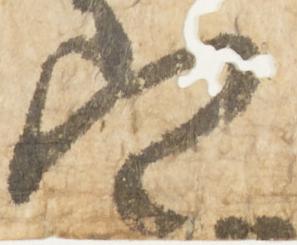
定